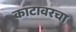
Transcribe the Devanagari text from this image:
काटावरचा